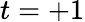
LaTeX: t=+1